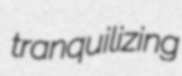
tranquilizing